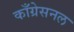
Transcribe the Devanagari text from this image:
काँग्रेसनल